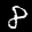
Label: 8